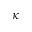
\kappa